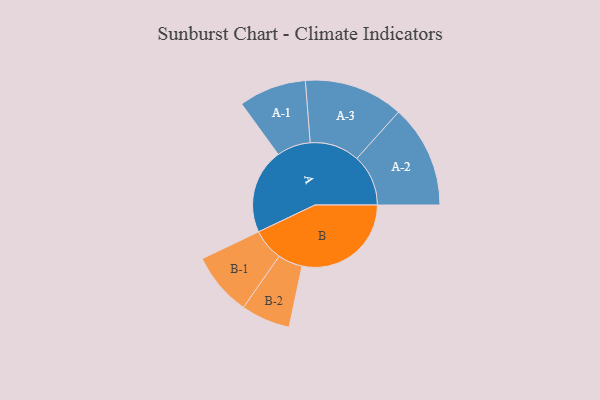
{"axis": {"x": "Segment", "y": "Value"}, "legend": ["", "A", "B"], "data": [{"x": "A", "y": 370, "type": ""}, {"x": "B", "y": 475, "type": ""}, {"x": "A-1", "y": 147, "type": "A"}, {"x": "A-2", "y": 224, "type": "A"}, {"x": "A-3", "y": 216, "type": "A"}, {"x": "B-1", "y": 138, "type": "B"}, {"x": "B-2", "y": 107, "type": "B"}]}